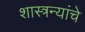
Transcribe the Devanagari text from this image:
शास्त्रन्यांचे